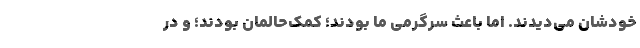
خودشان می‌دیدند. اما باعث سرگرمی ما بودند؛ کمک‌حالمان بودند؛ و در